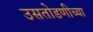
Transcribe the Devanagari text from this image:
उसतोडणीच्या